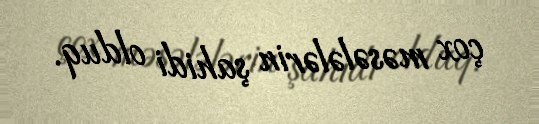
çox məsələlərin şahidi olduq.